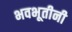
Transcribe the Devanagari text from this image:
भवभूतीनी